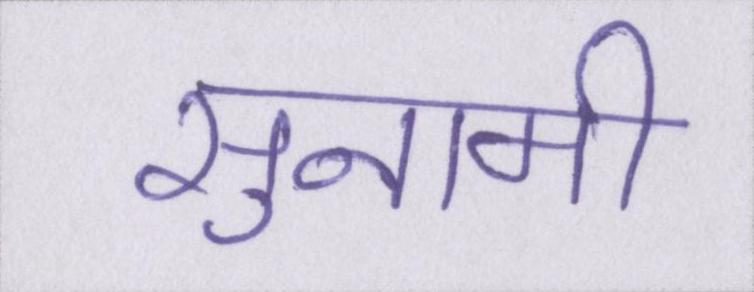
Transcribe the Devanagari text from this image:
सुनामी